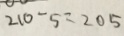
2 1 0 - 5 = 2 0 5